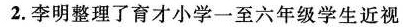
2.李明整理了育才小学一至六年级学生近视